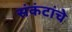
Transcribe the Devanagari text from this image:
संकंटांचे